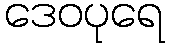
ဒေဝပုရေ